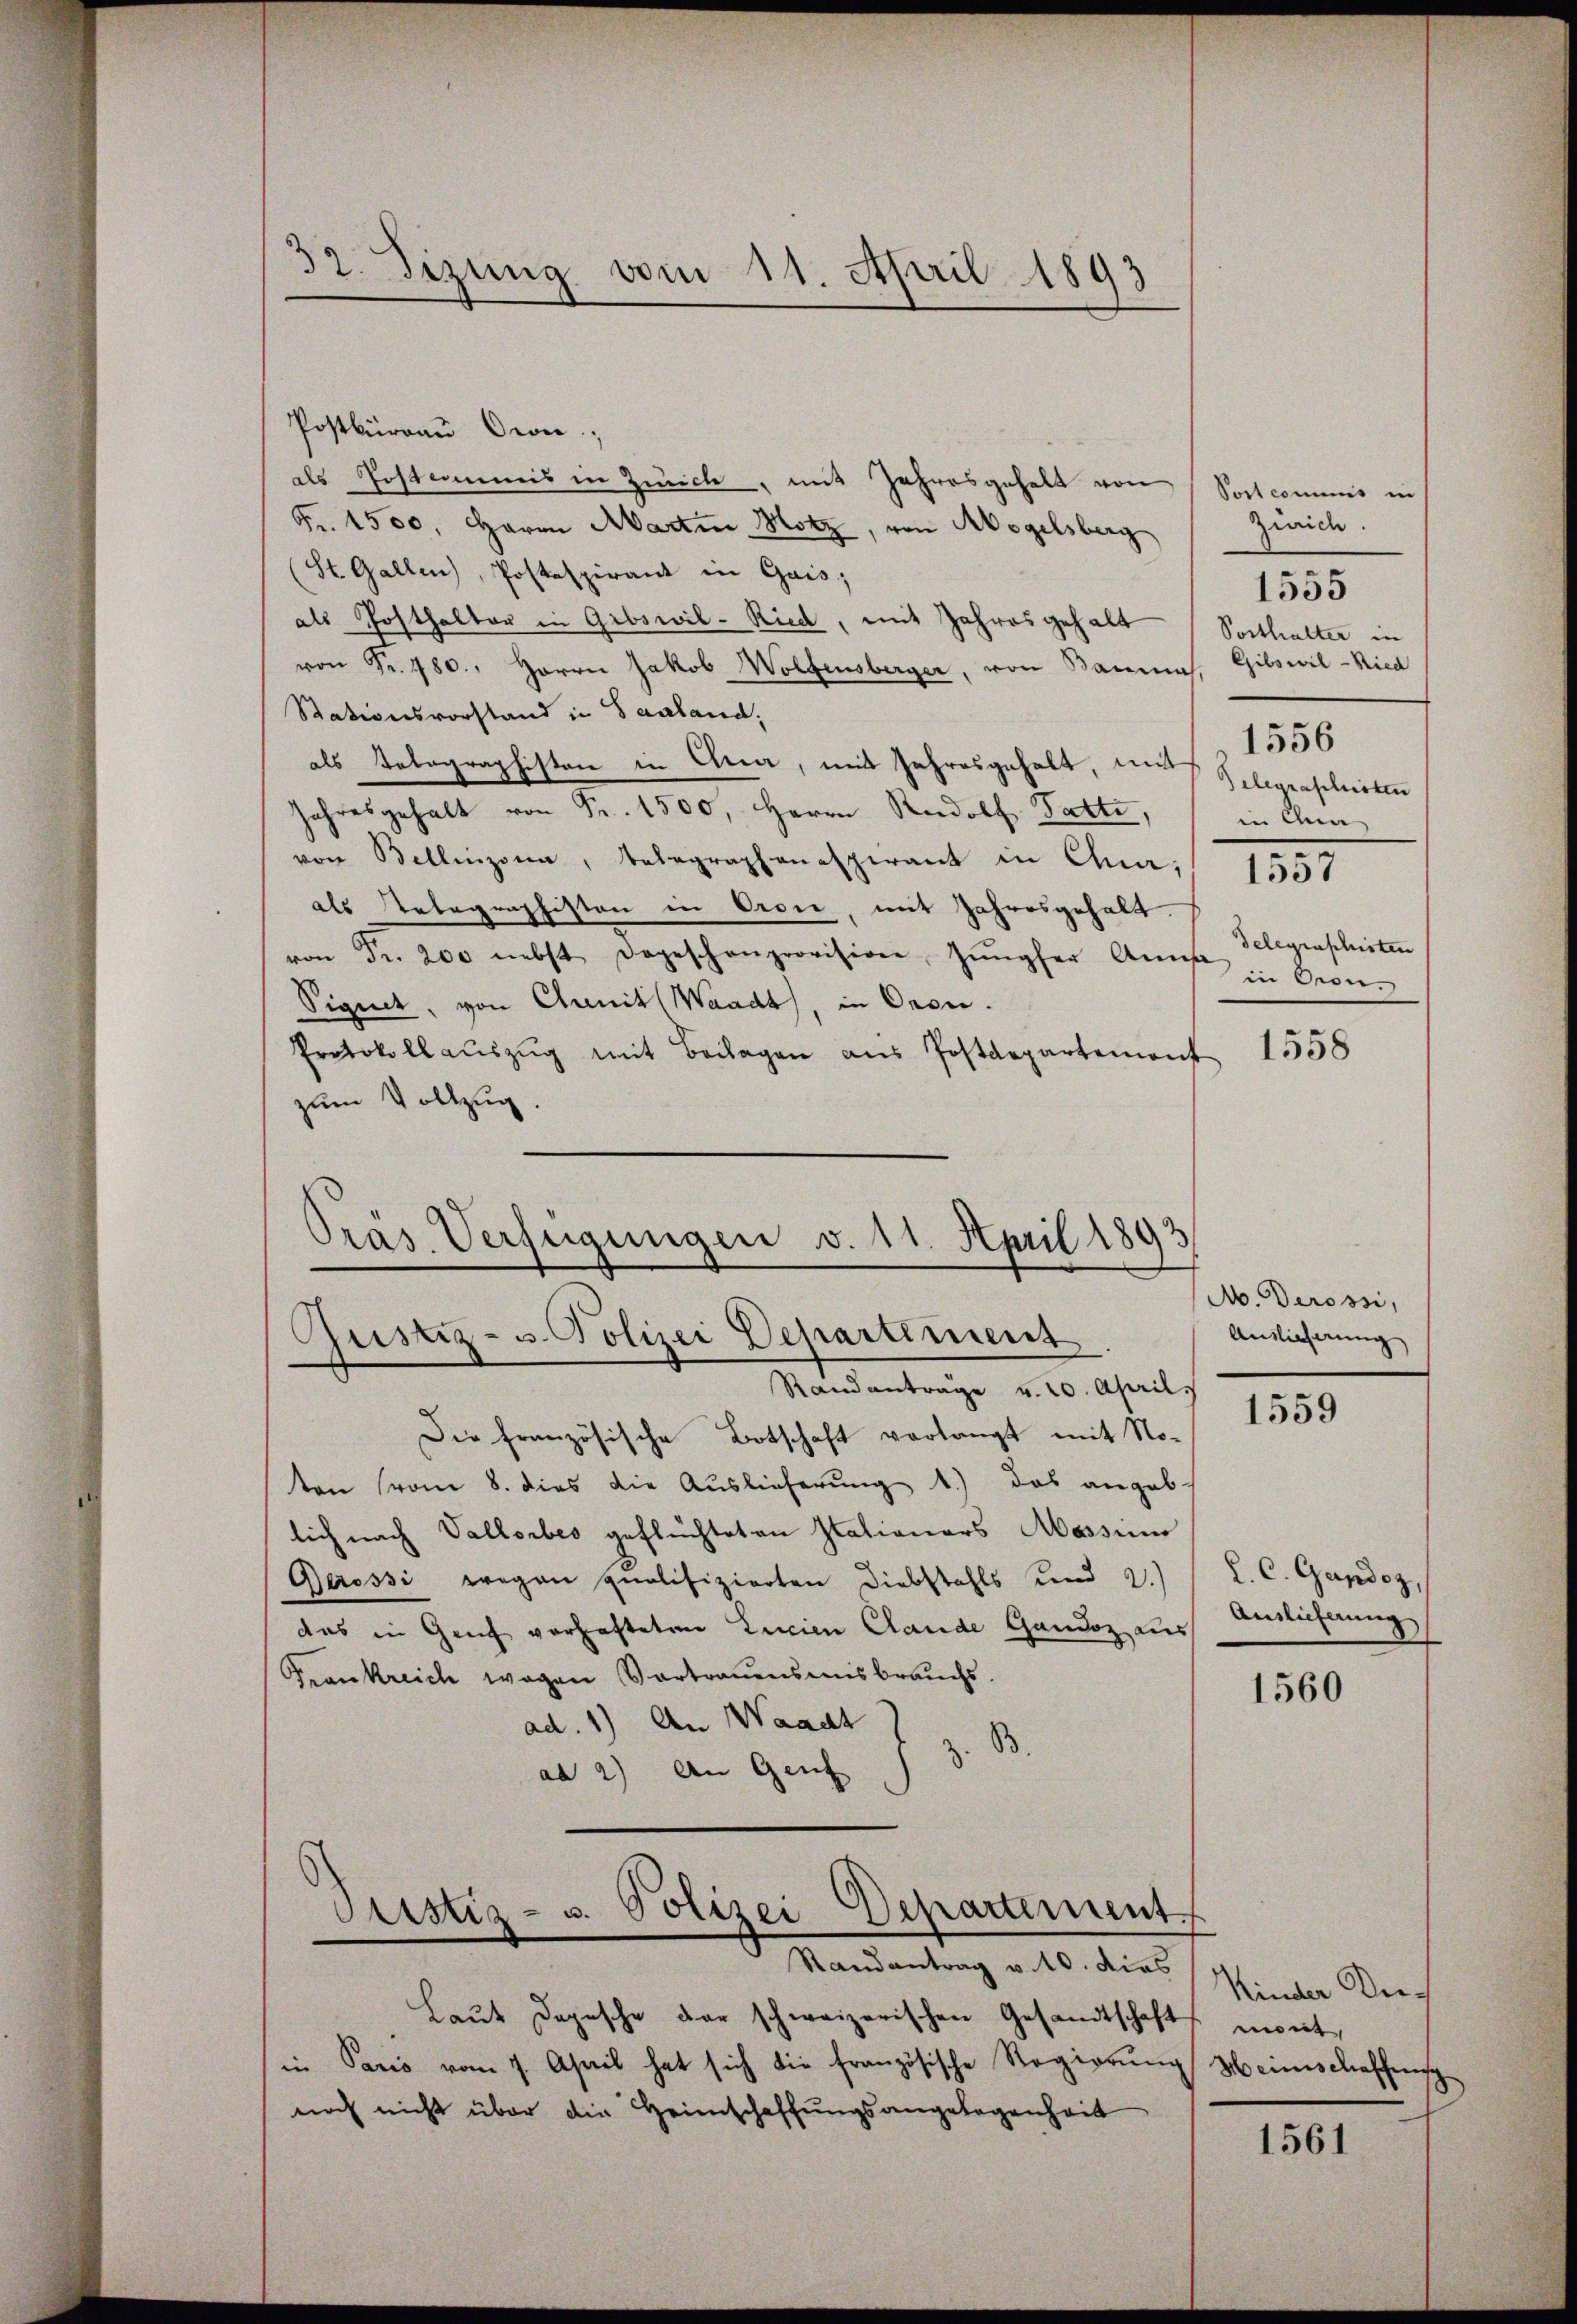
32. Fizung vom 11. April 1893

Postbüreaŭ Cron,
als Postcommis in Zürich, mit Jahresgehalt von
Fr. 1500, Haron Martin Hotz, von Aegelsberg
St. Gallen, Postespirant in Gais;
als Posthalter in Groswil-Ried, mit Jahresgehalt / Posthalter in
von Fr. 480. Herrn Jakob Wolfensberger, von Baumas. Gibswil-Ried
Stationsvorstand in Saaland,
als Telegraphisten in Ana, mit Jahresgehalt, und Gelegraschirten
Jahresgehalt von Fr. 1500, Herrn Rudolf Fatti,
von Bellinzona, Telegraphanaspirant in Chur,
als Nebegraphisten in Orgie, mit Jahresgehalt.
von Fr. 200 nebst dageschenprovision Jŭngfer Amt in Cron-
Signet, von Chunit (Waadt, in Oren.
Protokollaŭszŭg mit Beilagen aus Postdepartemont
zum Vollzug.
Drás Verfügungen v. 11. April 1893
A. Derossi,
Auslieferung
Justiz- u. Polizei Departement
Randanträge v. 20. April.
1559
Die französische Botschaft verlangt mit No-
ten (vom 8. dies die Auslieferŭng 1.) das angeblich nach Vallorbes geflüchteten Stationars Massinn
Gerossi wegen qualifizierten Diebstahls und 2.) " L. C. Gandoz,
das in Genf verhafteten Linien Claude Gandoz aus Auslieferung
Frankreich wegen Vortrauensmisbrauchs.
1560
ad. 1) An Waadt
B.
ad a) an Genz
e

Justiz- u. Polizei Departement.
Randantrag v. 10. dies

Laŭt Depesche der schweizerischen Gesandtschaft
in Paris vom 7. April hat sich die französische Regierŭng
noch nicht über die Heimschaffungsangelegenheit

Post commis in
Zürich.
1555
1556
in Cha
d

delegraschisten

1551

1558

Kinder Anmont
Heinschaffens

1561